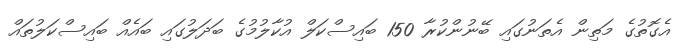
އެގޮތުގެ މަތިން އެތަނުގައި ބޭނުންކުރާ 150 ބައިސްކަލް އުކާލުމުގެ ބަދަލުގައި ބައެއް ބައިސްކަލުތައް